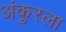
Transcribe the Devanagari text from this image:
अंकुरला